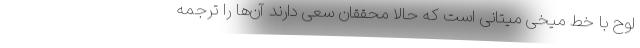
لوح با خط میخی میتانی است که حالا محققان سعی دارند آن‌ها را ترجمه